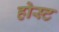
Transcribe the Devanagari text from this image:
होस्‍ट